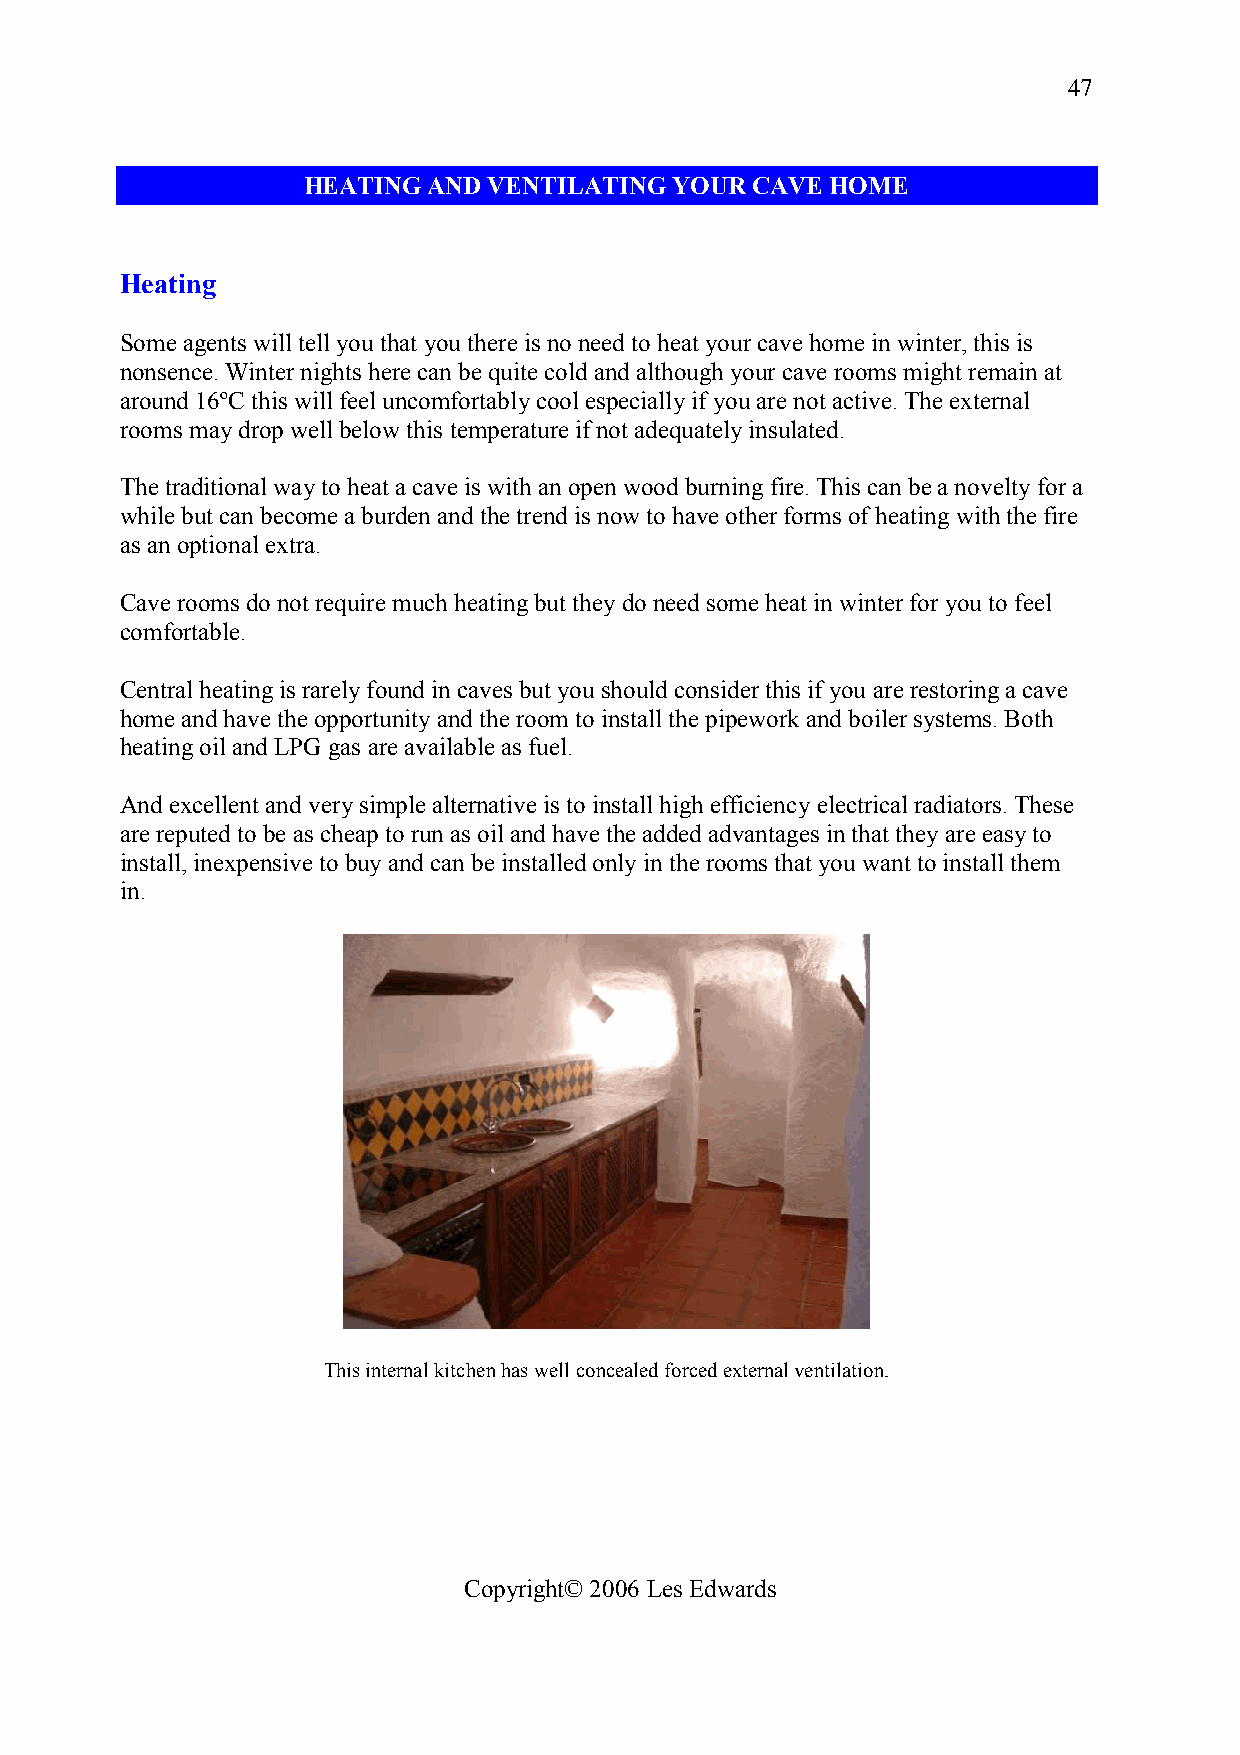
47
 HEATING AND VENTILATING  YOUR CAVE HOME
 Heating
 Some agents will tell you that you there is no need to heat your cave home in winter, this is
 nonsence. Winter nights here can be quite cold and although your cave rooms might remain at
 around 16ºC this will feel uncomfortably cool especially if you are not active. The external
 rooms may drop well below this temperature if not adequately insulated.
 The traditional way to heat a cave is with an open wood burning fire. This can be a novelty for a
 while but can become a burden and the trend is now to have other forms of heating with the fire
 as an optional extra.
 Cave rooms do not require much heating but they do need some heat in winter for you to feel
 comfortable.
 Central heating is rarely found in caves but you should consider this if you are restoring a cave
 home and have the opportunity and the room to install the pipework and boiler systems. Both
 heating oil and LPG gas are available as fuel.
 And excellent and very simple alternative is to install high efficiency electrical radiators. These
 are reputed to be as cheap to run as oil and have the added advantages in that they are easy to
 install, inexpensive to buy and can be installed only in the rooms that you want to install them
 in.
 This internal kitchen has well concealed forced external ventilation.
 Copyright© 2006 Les Edwards